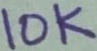
Text: 10K